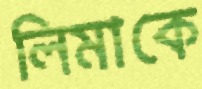
লিমাকে